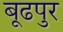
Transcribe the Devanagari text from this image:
बूढपुर